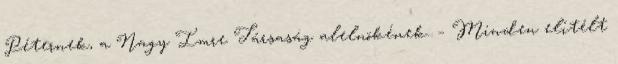
Péternek, a Nagy Imre Társaság alelnökének. – Minden elítélt